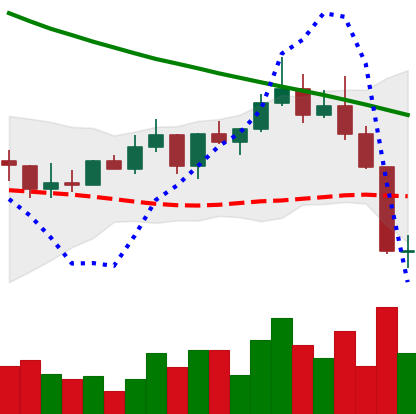
Ticker: ADA-USD
Chart end date: 2022-08-20
Forward return: 3.015%
Label: up_3_5